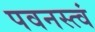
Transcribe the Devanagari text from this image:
पवनस्त्वं